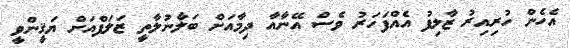
އެހެން ހުރިއިރު ޒާލިފު އެއްފަހަރު ވެސް އޭނާއާ ދިމާއަށް ބަލާނުލާތީ ޒަލަފްއަށް ޔަޤީންވީ